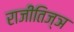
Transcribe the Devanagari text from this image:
राजीतिज्ञ